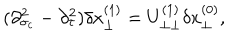
LaTeX: ( \partial _ { \sigma _ { c } } ^ { 2 } - \partial _ { \tau } ^ { 2 } ) \delta x _ { \perp } ^ { ( 1 ) } = U _ { \perp \perp } ^ { ( 1 ) } \delta x _ { \perp } ^ { ( 0 ) } ,